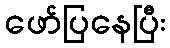
ဖော်ပြနေပြီး